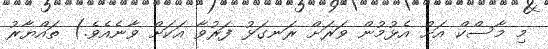
މި މާސްކް އަށް އެޅުމުން ވަރަށް ރަނގަޅު ފަރުވާ އަކަށް ވާނެއެވެ.) ތައްޔާރު